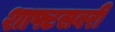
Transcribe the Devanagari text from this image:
शाफ्टसबरी